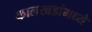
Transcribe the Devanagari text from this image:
कालखडांमध्ये